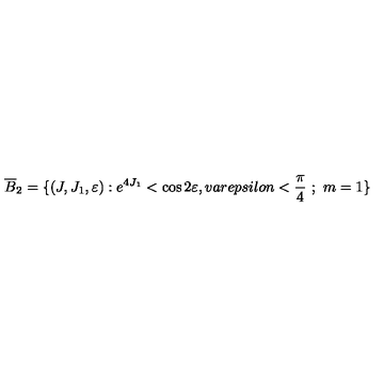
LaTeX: \overline { { B } } _ { 2 } = \{ ( J , J _ { 1 } , \varepsilon ) : e ^ { 4 J _ { 1 } } < \cos 2 \varepsilon , v a r e p s i l o n < \frac { \pi } { 4 } \ ; \ m = 1 \}